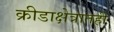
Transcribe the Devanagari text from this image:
क्रीडाक्षेत्रातही